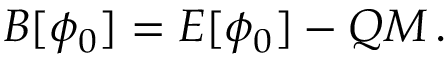
{ \cal B } [ \phi _ { 0 } ] = { \cal E } [ \phi _ { 0 } ] - Q M \, .